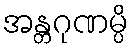
အန္တဂုဏမ္ပိ